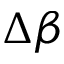
\Delta \beta